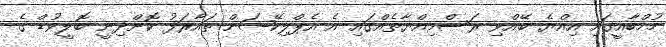
މުމްބާއީގައި އިއްޔެ ބޭއްވި ރަސްމިއްޔާތެއްގައި އެ އެޕްލިކޭޝަން ތައާރަފު ކޮށްދިނީ ބޮލީވުޑް ގެ